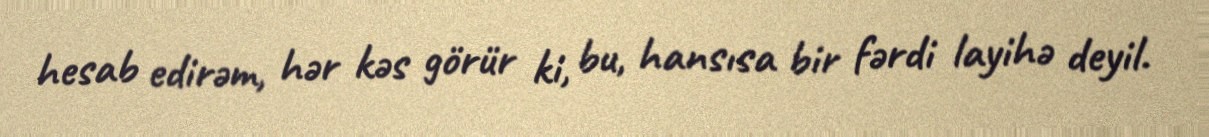
hesab edirəm, hər kəs görür ki, bu, hansısa bir fərdi layihə deyil.